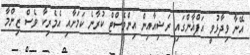
އޭނާ ވިދާޅުވީ އަފްޣާންގައި ރަޝިއާއިން އިންވެސްޓް ކުރާނެ ކަމަށާއި އެމެރިކާ ވެސް ޒިންމާ